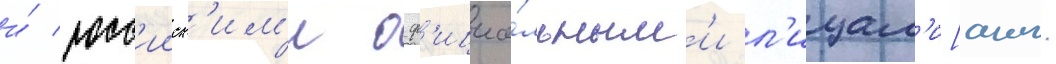
и́ росс'ииск'им'и оф'ициа́льным'и л'ицам'и[англ.